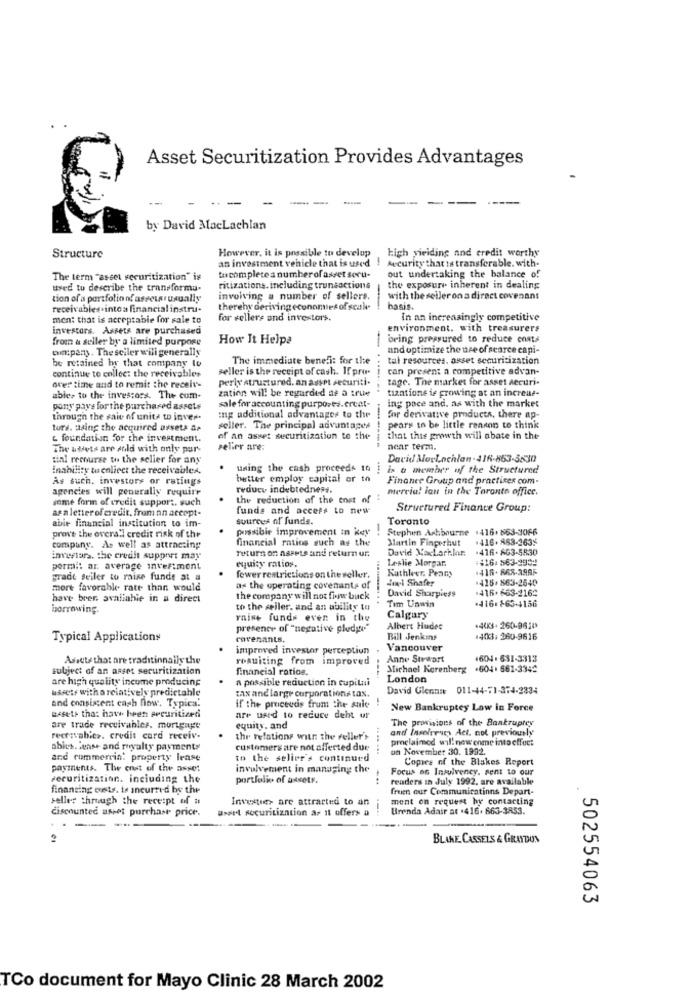
Asset Securitization Provides Advantages
-
-
-
by David MacLachlan
However, it is possible to develop
high yielding and credit worthy
Structure
an investment vehicle that is used
Aucurity that is transferable. with-
out undertaking the balance of
The term "asset securitization" is
tucomplete a number of asset soru-
used to describe the transforma-
ritizations. including trunsactions
the exposure inherent in dealing
tion of a portfolio nf asseun usually
involving a number of sellers.
with the seller on a direct covenant
receivables intoa financial instru-
thereby deriving economies of scale
basis.
men: that is acceptable for sale to
for sellers and investors.
In an increasingly competitive
investors. Assets are purchased
environment. with treasurers
from & seller by a limited purpose
How It Helps
bring pressured to reduce costs
oui:pany. The seller will generally
and optimize the use of scarce capi-
The immediate benefi: for the
tal resources. asset securitization
be retained lw that company lo
seller is the receipt of cash. If pro-
can present a competitive advan-
continue to collect the receivables
perly atrustured. an asset securiti.
tage. The market for asset Aeruri-
over time and to remit the receiv-
zation will be regarded as a true
tizatione is growing at an increas-
able, to the investors. The cum-
pony pays forthe purchased assets
sale for accounting purposes.ercat-
ing pace and, as with the market
through the saie of units to inver.
mg additional advantages to the
for derivative products, there ap-
ture. using the acquired avsets de
seller. The principal advantages
pears to be little reason to think
& foundation for the investment.
of an asset securitization to the
that this growth will abate in the
The atrets are sold with only pur-
selier are:
-- ------
near term.
tial recourse w the selier for any
David MorLachlan . 416-863-3530
inability to collect the receivables.
using the cash proceeds th
is a member of the Structured
As such. investors or ratings
better employ capital or to
Finance Group and practices com.
agencies will generally require
reduce indebtedness.
mercia! ian in the Toronto office.
some form of credit support. such
the reduction of the cost of
as a letter of credit, from an accept-
funds and access to new
Structured Finance Group:
abit financial institution to im-
sources of funds.
Toronto
pussibie improvement in key"
-
Stephen Ashbourne .416.863-3066
prov'e the overall credit risk of the
financial ratios such as the
Martin Fingerhut
:416. 863-2635
company. As well as attracting
return on assets and return ur.
David XacLarilan
-416-8G3-5530
investors. the credit support may
equity ratios.
Leslie Morgar,
pormit ar. average investment
Kathleer. Peany
+416- RAR-39AF
gradt seiler to raise funds at a
fewer restrictions on the seller.
Joel Shafer
+418. 863-2640
more favorable rate than would
as the operating covenants of
David Sharpiess
.416. 663-2162
have brer, available in a direct
the company will not fiw buck
Tim Unwin
.416. 165-4156
borrowing.
to the seller, and an ability to
raise funds even in the
Calgary
presence of "negative pludge
Albert Hudes
.44KS- 260-9620
Typical Applications
covenants,
Bill Jenkins
1403. 260-9616
improved investor perceptiun
Vancouver
Assets that are traditionally the
resuiting from improved
Anne Stewart
1604 . 631-3313
subject of an asset securitization
financial ratios.
Michael Korenberg .604. 661-3342
are high quality income producing
a possible reduction in cupitni
London
usser with a relatively predictable
tax and large corporations tax.
David Glenna 011-44-71-374-2334
and consistent cash flow. Typica.
. !
if the proceeds from the sale
New Bankruptcy Low in Force
Besete that have been seeuritized
are used to reduce deht ur
The provisions of the Bankruptcy
are trade receivabler. mortgage
equity. and
and Insolvency Act. not previously
reersvables. credit card receiv-
the relations with the Feller's
proclaimed will new enme into effect
abies. lenme and royalty payments
customers are not affected due
on November 30. 1992.
and rummerrin! property lease
to the selier's continued
Copies of the Blakes Report
payments. The enst of the asset
involvement in managing the
Focus as Insolvency. sent to our
securitization. including the
portfolio of assets.
readers in July 1992. are available
financing outs. is incurred by the
fruen our Communications Depart-
selles through the receipt of a
Investie> are attracted to an
ment on request hy contacting
discounted asset purchase price.
asert securitization as it offers a
--.
Brenda Adair at .416. 663-3853.
--
BLAKE CASSELS & GRAYDON
502554063
TCo document for Mayo Clinic 28 March 2002